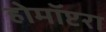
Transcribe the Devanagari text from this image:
होमॉप्टरा